Report of the Indian Hemp Drugs Commission, 1894-1895 - Volume I
Year: 1894
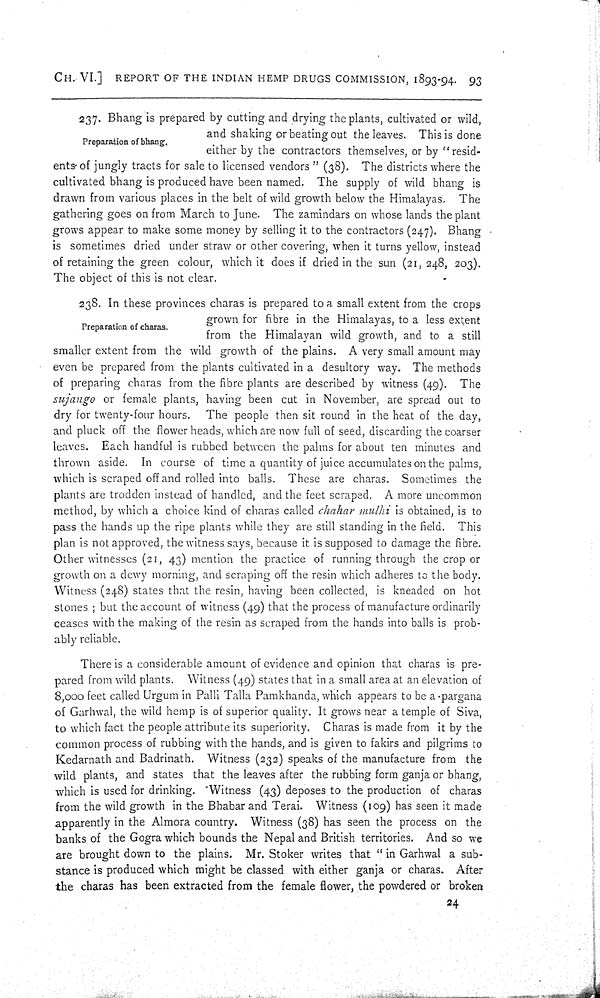
CH. VI.] REPORT OF THE INDIAN HEMP DRUGS COMMISSION, 1893-94. 93
Preparation of bhang.
237. Bhang is prepared by cutting and drying the plants, cultivated or wild,
and shaking or beating out the leaves. This is done
either by the contractors themselves, or by "resid-
ents of jungly tracts for sale to licensed vendors" (38). The districts where the
cultivated bhang is produced have been named. The supply of wild bhang is
drawn from various places in the belt of wild growth below the Himalayas. The
gathering goes on from March to June. The zamindars on whose lands the plant
grows appear to make some money by selling it to the contractors (247). Bhang
is sometimes dried under straw or other covering, when it turns yellow, instead
of retaining the green colour, which it does if dried in the sun (21, 248, 203).
The object of this is not clear.
Preparation of charas.
238. In these provinces charas is prepared to a small extent from the crops
grown for fibre in the Himalayas, to a less extent
from the Himalayan wild growth, and to a still
smaller extent from the wild growth of the plains. A very small amount may
even be prepared from the plants cultivated in a desultory way. The methods
of preparing charas from the fibre plants are described by witness (49). The
sujango or female plants, having been cut in November, are spread out to
dry for twenty-four hours. The people then sit round in the heat of the day,
and pluck off the flower heads, which are now full of seed, discarding the coarser
leaves. Each handful is rubbed between the palms for about ten minutes and
thrown aside. In course of time a quantity of juice accumulates on the palms,
which is scraped off and rolled into balls. These are charas. Sometimes the
plants are trodden instead of handled, and the feet scraped. A more uncommon
method, by which a choice kind of charas called chahar mulhi is obtained, is to
pass the hands up the ripe plants while they are still standing in the field. This
plan is not approved, the witness says, because it is supposed to damage the fibre.
Other witnesses (21, 43) mention the practice of running through the crop or
growth on a dewy morning, and scraping off the resin which adheres to the body.
Witness (248) states that the resin, having been collected, is kneaded on hot
stones; but the account of witness (49) that the process of manufacture ordinarily
ceases with the making of the resin as scraped from the hands into balls is prob-
ably reliable.
There is a considerable amount of evidence and opinion that charas is pre-
pared from wild plants. Witness (49) states that in a small area at an elevation of
8,000 feet called Urgum in Palli Talla Pamkhanda, which appears to be a pargana
of Garhwal, the wild hemp is of superior quality. It grows near a temple of Siva,
to which fact the people attribute its superiority. Charas is made from it by the
common process of rubbing with the hands, and is given to fakirs and pilgrims to
Kedarnath and Badrinath. Witness (232) speaks of the manufacture from the
wild plants, and states that the leaves after the rubbing form ganja or bhang,
which is used for drinking. Witness (43) deposes to the production of charas
from the wild growth in the Bhabar and Terai. Witness (109) has seen it made
apparently in the Almora country. Witness (38) has seen the process on the
banks of the Gogra which bounds the Nepal and British territories. And so we
are brought down to the plains. Mr. Stoker writes that "in Garhwal a sub-
stance is produced which might be classed with either ganja or charas. After
the charas has been extracted from the female flower, the powdered or broken
24